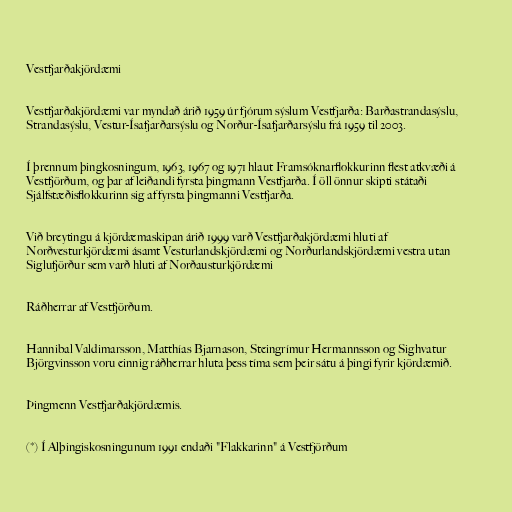
Vestfjarðakjördæmi

Vestfjarðakjördæmi var myndað árið 1959 úr fjórum sýslum Vestfjarða: Barðastrandasýslu,
Strandasýslu, Vestur-Ísafjarðarsýslu og Norður-Ísafjarðarsýslu frá 1959 til 2003.

Í þrennum þingkosningum, 1963, 1967 og 1971 hlaut Framsóknarflokkurinn flest atkvæði á
Vestfjörðum, og þar af leiðandi fyrsta þingmann Vestfjarða. Í öll önnur skipti státaði
Sjálfstæðisflokkurinn sig af fyrsta þingmanni Vestfjarða.

Við breytingu á kjördæmaskipan árið 1999 varð Vestfjarðakjördæmi hluti af
Norðvesturkjördæmi ásamt Vesturlandskjördæmi og Norðurlandskjördæmi vestra utan
Siglufjörður sem varð hluti af Norðausturkjördæmi

Ráðherrar af Vestfjörðum.

Hannibal Valdimarsson, Matthías Bjarnason, Steingrímur Hermannsson og Sighvatur
Björgvinsson voru einnig ráðherrar hluta þess tíma sem þeir sátu á þingi fyrir kjördæmið.

Þingmenn Vestfjarðakjördæmis.

(*) Í Alþingiskosningunum 1991 endaði "Flakkarinn" á Vestfjörðum